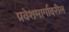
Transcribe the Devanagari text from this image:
प्रवेशमार्गावरील